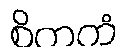
စိတကံ